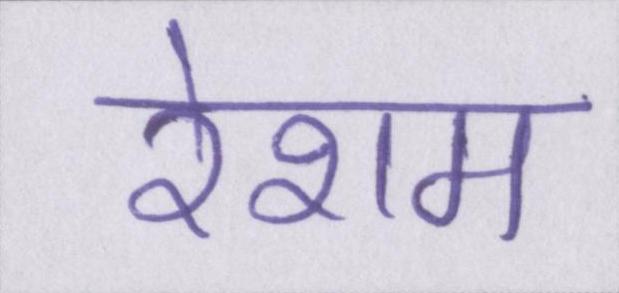
रेशम